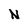
Character: N